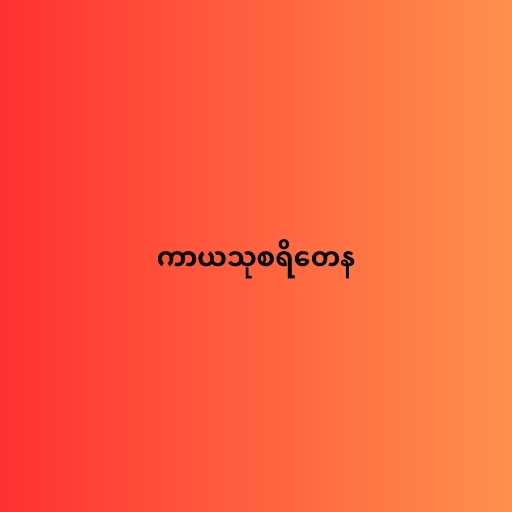
ကာယသုစရိတေန